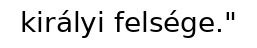
királyi felsége."